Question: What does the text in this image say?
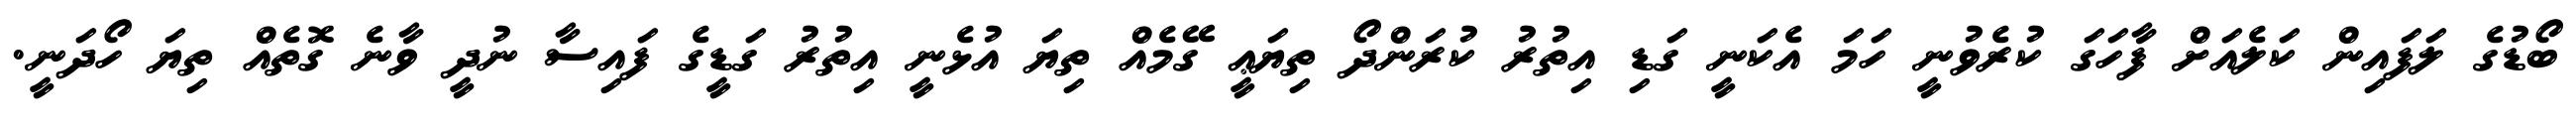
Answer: ބޯޑުގެ ލަފައިން ކަލެއަށް ފާހަގަ ކުރެވުނީ ހަމަ އެކަނީ ގަޑި އިތުރު ކުރަންދޯ ތިޔަޢީ ގޭމެއް ތިޔަ އުޅެނީ އިތުރު ގަޑީގެ ފައިސާ ނުދީ ވާނެ ގޮތެއް ތިޔަ ހޯދަނީ.